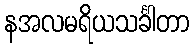
နအလမရိယသင်္ခါတာ